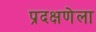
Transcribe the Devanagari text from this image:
प्रदक्षणेला